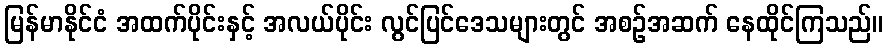
မြန်မာနိုင်ငံ အထက်ပိုင်းနှင့် အလယ်ပိုင်း လွင်ပြင်ဒေသများတွင် အစဉ်အဆက် နေထိုင်ကြသည်။